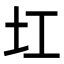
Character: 𡉎